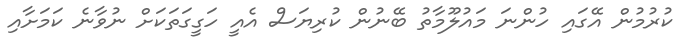
ކުރުމުން އޭގައި ހުންނަ މައުލޫމާތު ބޭނުން ކުރިޔަސް އެއީ ހަގީގަތަކަށް ނުވާނެ ކަމަށާއި